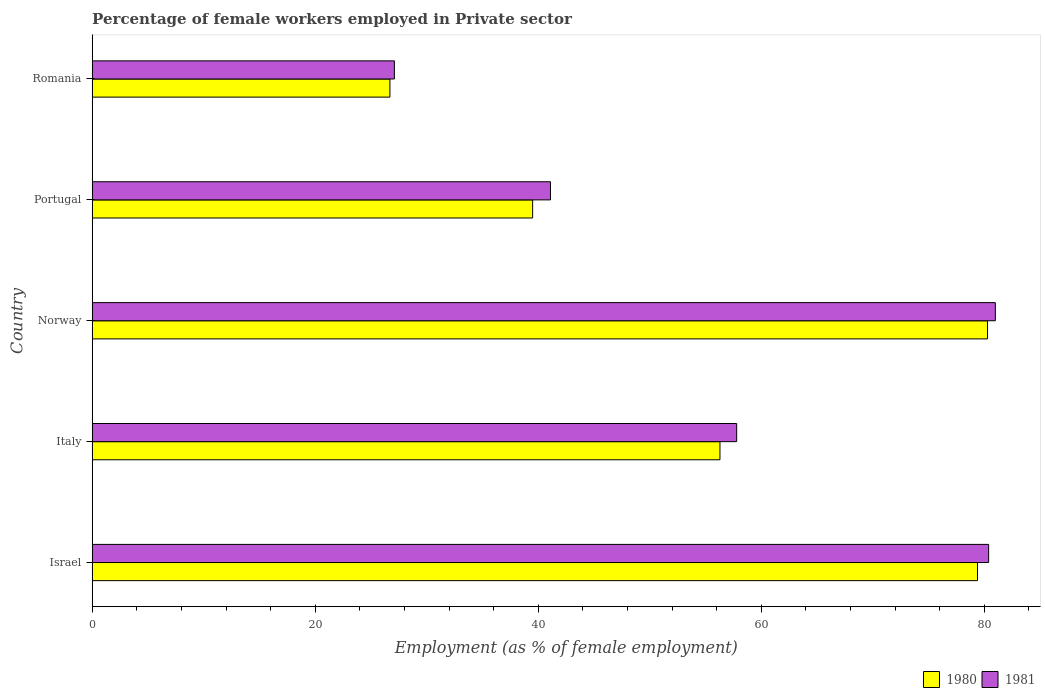
| Country | 1980 | 1981 |
 | --- | --- | --- |
 | Israel | 79.4 | 80.4 |
 | Italy | 56.3 | 57.8 |
 | Norway | 80.3 | 81 |
 | Portugal | 39.5 | 41.1 |
 | Romania | 26.7 | 27.1 |